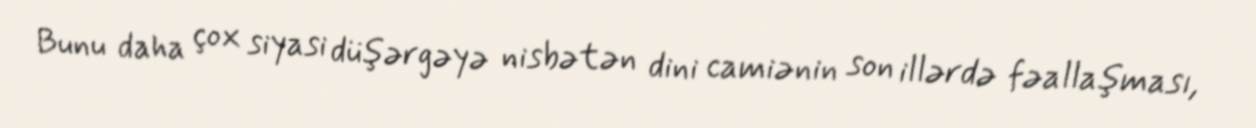
Bunu daha çox siyasi düşərgəyə nisbətən dini camiənin son illərdə fəallaşması,